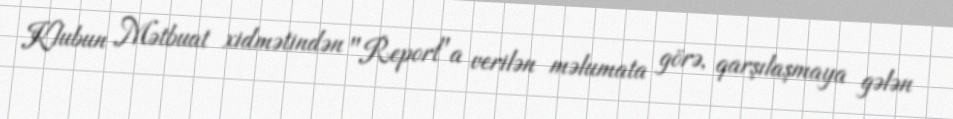
Klubun Mətbuat xidmətindən "Report"a verilən məlumata görə, qarşılaşmaya gələn